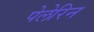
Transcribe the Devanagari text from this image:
पेलेरिन